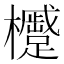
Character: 𪴢